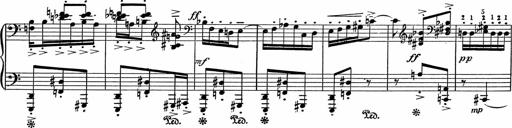
Title: 3Ã¨me Sonatine
Composer: Raffaele d' Alessandro